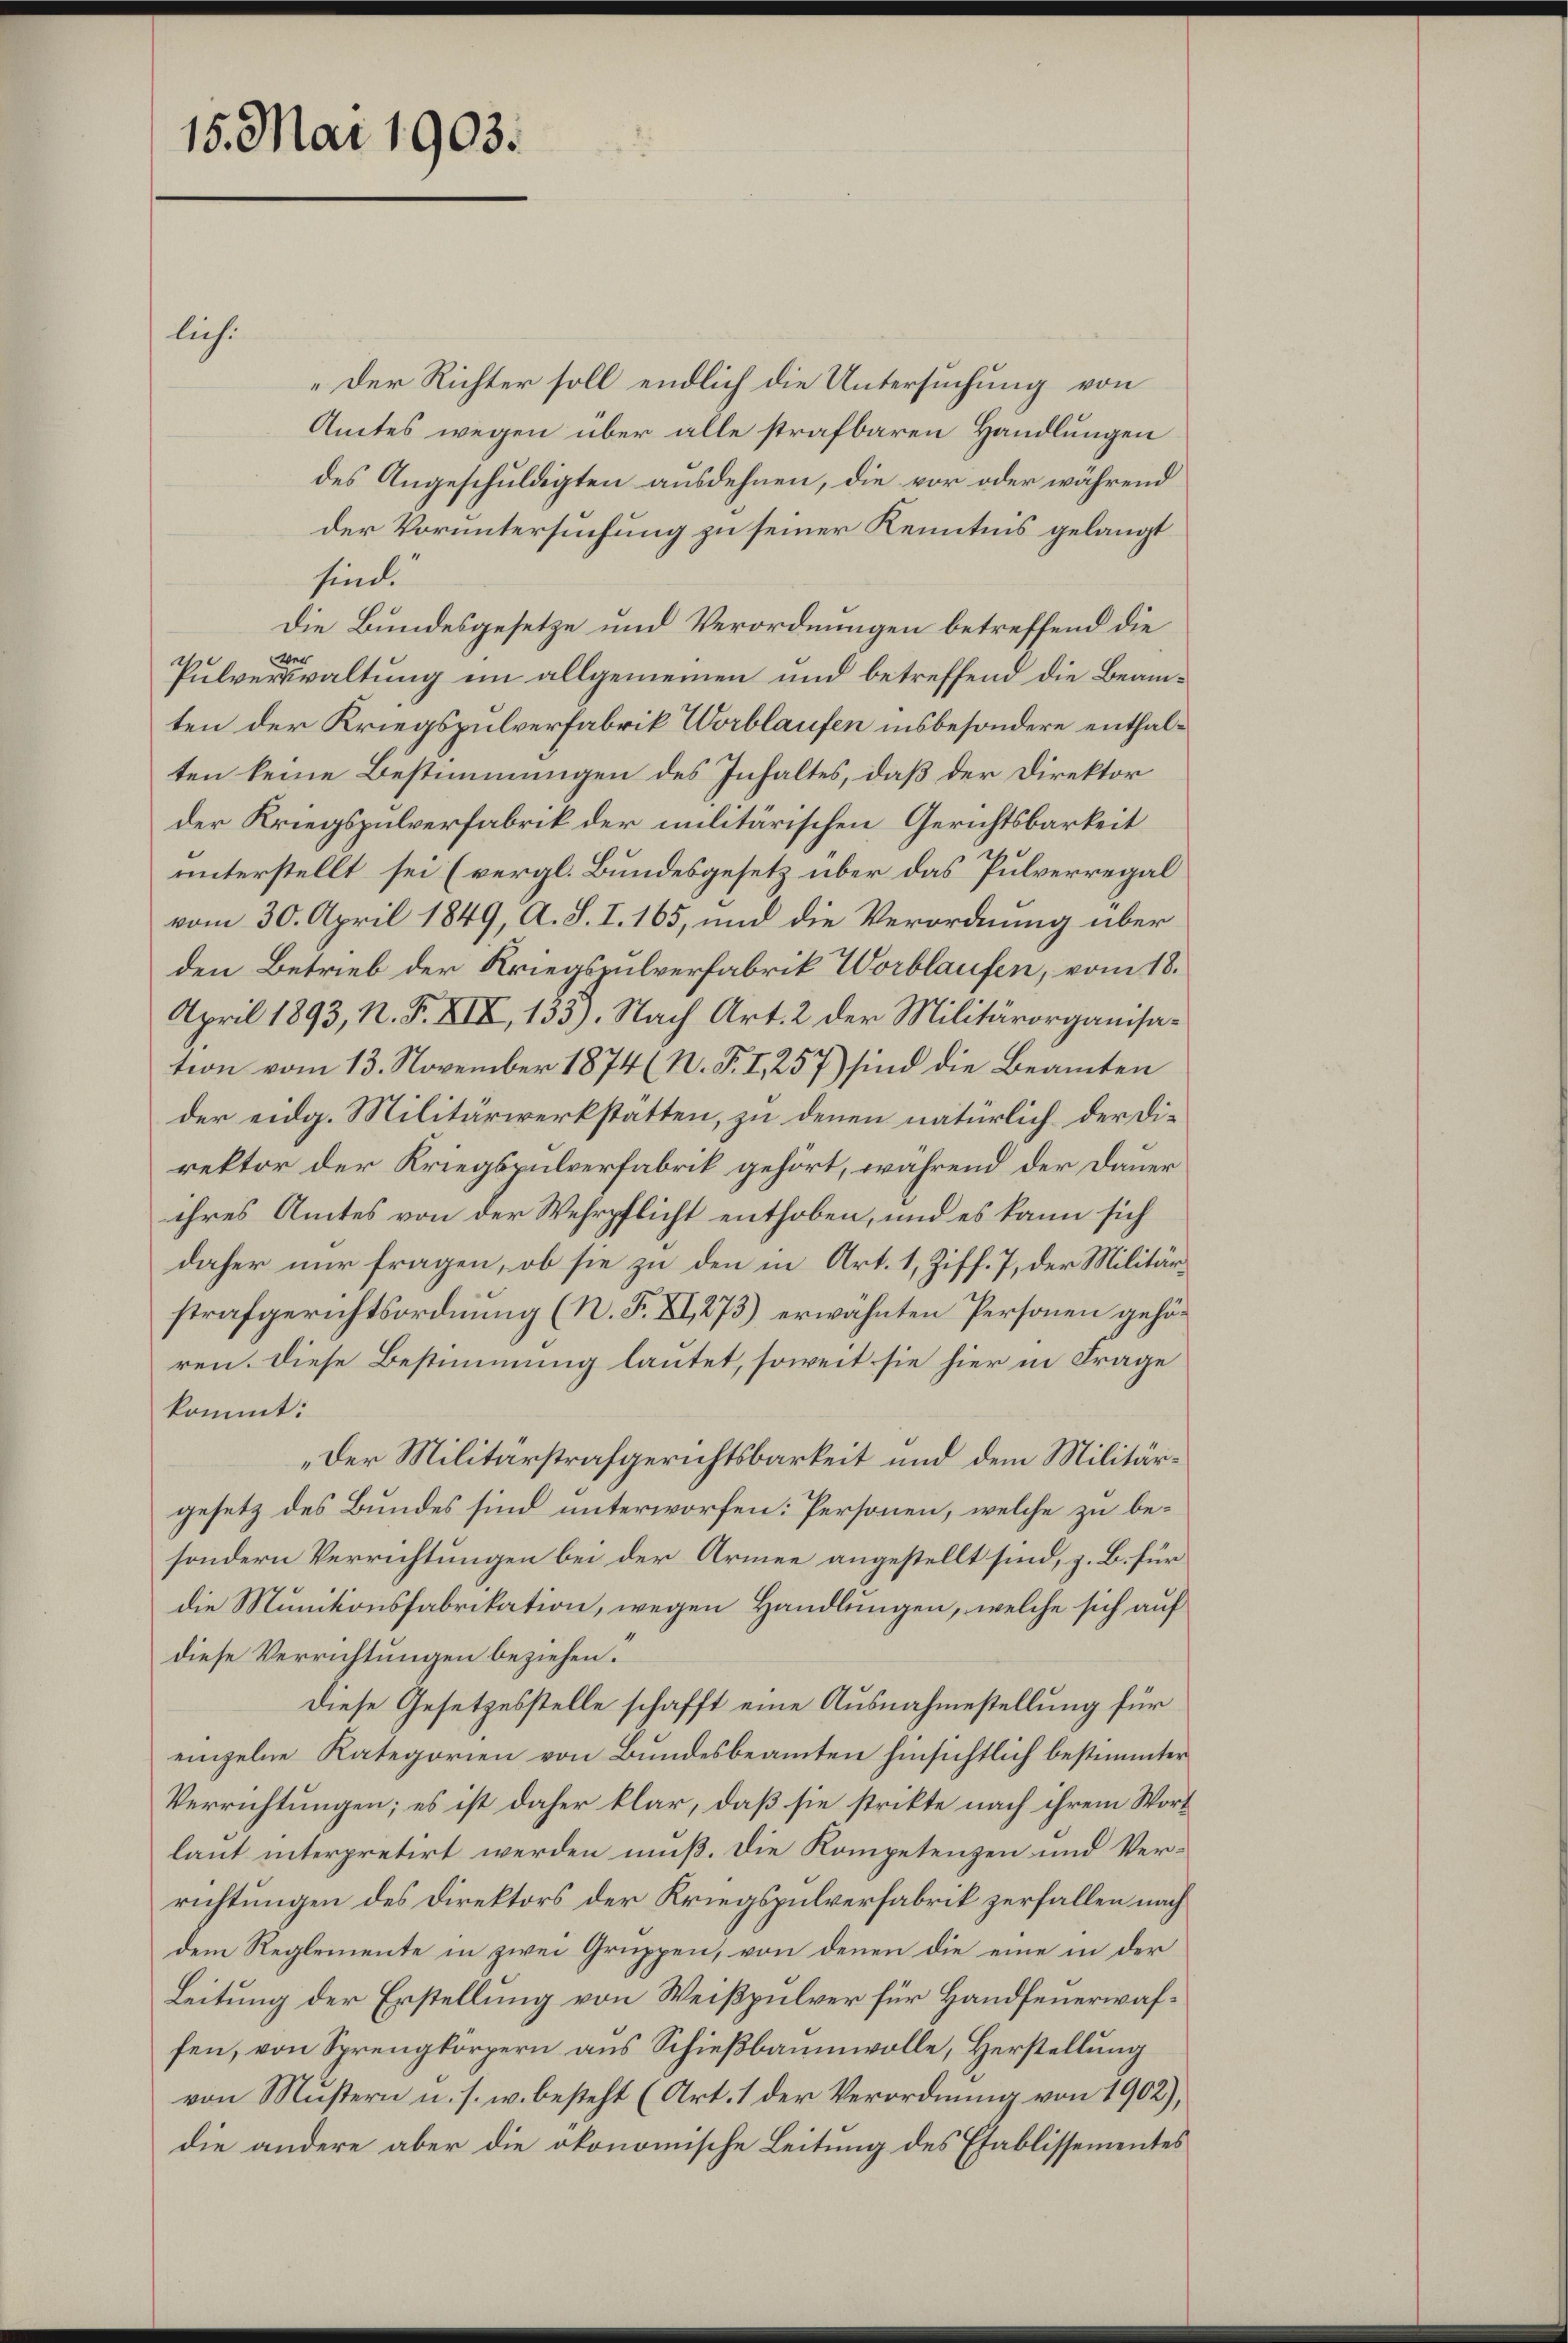
15. Mai 1903.

lich.
„Der Richter soll endlich die Untersuchung von
Amtes wegen über alle strafbaren Handlungen
des Angeschuldigten ausdehnen, die vor oder während
der Voruntersuchung zu seiner Kenntnis gelangt
sind.
r
Die Bundesgesetze und Verordnungen betreffend die
wer
Pulverwaltung im allgemeinen und betreffend die Beamten der Kriegspulverfabrik Worblaufen insbesondere enthalten keine Bestimmungen des Inhaltes, daß der Direktor
der Kriegspulverfabrik der militärischen Gerichtsbarkeit
unterstellt sei (vergl. Bundesgesetz über das Pulverregal
vom 30. April 1849, A. S. I. 165, und die Verordnung über
den Betrieb der Kriegspulverfabrik Worblaufen, vom 18.
April 1893, N. F. XIX, 135). Nach Art. 2 der Militärorganisation vom 13. November 1874 (N. F. I., 257) sind die Beamten
der eidg. Militärwerkstatten, zu denen natürlich der Direktor der Kriegspulverfabrik gehört, während der Dauer
ihres Amtes von der Wehrpflicht enthoben, und es kann sich
daher nur fragen, ob sie zu den in Art. 1, Ziff. 7, der Militärstrafgerichtsordnung (N. F. XI, 273.) erwähnten Personen gehören. Diese Bestimmung lautet, soweit sie hier in Frage
kommt:
„Der Militärstrafgerichtsbarkeit und dem Militärgesetz des Bundes sind unterworfen: Personen, welche zu besondern Verrichtungen bei der Armee angestellt sind, z. B. für
die Munitionsfabrikation, wegen Handlungen, welche sich auf
diese Verrichtungen beziehen.
Diese Gesetzesstelle schafft eine Ausnahmestellung für
einzelne Kategorien von Bundesbeamten hinsichtlich bestimmter
Verrichtungen; es ist daher klar, daß sie strikte nach ihrem Wort
laut interpretirt werden muß. Die Kompetenzen und Verrichtungen des Direktors der Kriegspulverfabrik zerfallen nach
dem Reglemente in zwei Gruppen, von denen die eine in der
Leitung der Erstellung von Weißpulver für Handfeuerwahfen, von Sprengkörpern aus Schießbaumwolle, Herstellung
von Mustern u. s. w. besteht (Art. 1 der Verordnung von 1902),
die andere aber die ökonomische Leitung des Etablissementes